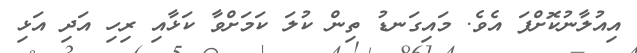
އިއުލާނުކޮށްފަ އެވެ. މައިގަނޑު ތިން ކުލަ ކަމަށްވާ ކަޅާއި ރިހި އަދި އަޅި